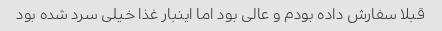
قبلا سفارش داده بودم و عالی بود اما اینبار غذا خیلی سرد شده بود